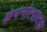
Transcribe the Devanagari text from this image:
कंपनोत्पादक